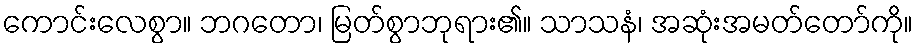
ကောင်းလေစွာ။ ဘဂတော၊ မြတ်စွာဘုရား၏။ သာသနံ၊ အဆုံးအမတ်တော်ကို။